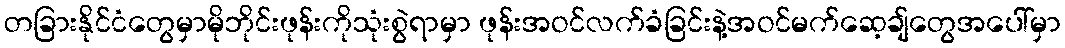
တခြားနိုင်ငံတွေမှာမိုဘိုင်းဖုန်းကိုသုံးစွဲရာမှာ ဖုန်းအဝင်လက်ခံခြင်းနဲ့အဝင်မက်ဆေ့ချ်တွေအပေါ်မှာ